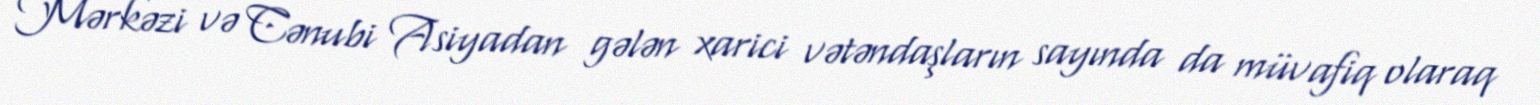
Mərkəzi və Cənubi Asiyadan gələn xarici vətəndaşların sayında da müvafiq olaraq